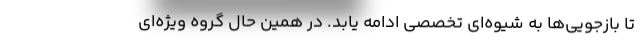
تا بازجویی‌ها به شیوه‌ای تخصصی ادامه یابد. در همین حال گروه ویژه‌ای